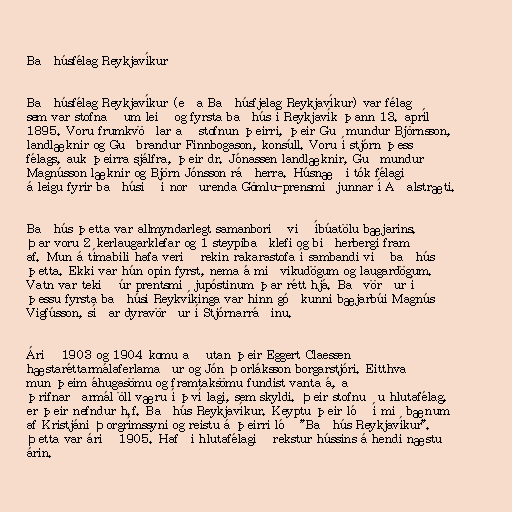
Baðhúsfélag Reykjavíkur

Baðhúsfélag Reykjavíkur (eða Baðhúsfjelag Reykjavíkur) var félag
sem var stofnað um leið og fyrsta baðhús í Reykjavík þann 13. apríl
1895. Voru frumkvöðlar að stofnun þeirri, þeir Guðmundur Björnsson,
landlæknir og Guðbrandur Finnbogason, konsúll. Voru í stjórn þess
félags, auk þeirra sjálfra, þeir dr. Jónassen landlæknir, Guðmundur
Magnússon læknir og Björn Jónsson ráðherra. Húsnæði tók félagið
á leigu fyrir baðhúsið í norðurenda Gömlu-prensmiðjunnar í Aðalstræti.

Baðhús þetta var allmyndarlegt samanborið við íbúatölu bæjarins.
Þar voru 2 kerlaugarklefar og 1 steypibaðklefi og biðherbergi fram
af. Mun á tímabili hafa verið rekin rakarastofa í sambandi við baðhús
þetta. Ekki var hún opin fyrst, nema á miðvikudögum og laugardögum.
Vatn var tekið úr prentsmiðjupóstinum þar rétt hjá. Baðvörður í
þessu fyrsta baðhúsi Reykvíkinga var hinn góðkunni bæjarbúi Magnús
Vigfússon, síðar dyravörður í Stjórnarráðinu.

Árið 1903 og 1904 komu að utan þeir Eggert Claessen
hæstaréttarmálaferlamaður og Jón Þorláksson borgarstjóri. Eitthvað
mun þeim áhugasömu og framtaksömu fundist vanta á, að
þrifnarðarmál öll væru í því lagi, sem skyldi. Þeir stofnuðu hlutafélag,
er þeir nefndur h.f. Baðhús Reykjavíkur. Keyptu þeir lóð í miðbænum
af Kristjáni Þorgrímssyni og reistu á þeirri lóð "Baðhús Reykjavíkur".
Þetta var árið 1905. Hafði hlutafélagið rekstur hússins á hendi næstu
árin.